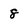
Character: 8